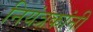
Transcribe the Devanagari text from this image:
नियंत्रकांनी